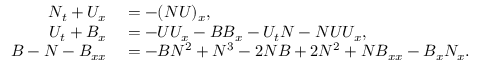
\begin{array} { r l } { N _ { t } + U _ { x } } & { { } = - ( N U ) _ { x } , } \\ { U _ { t } + B _ { x } } & { { } = - U U _ { x } - B B _ { x } - U _ { t } N - N U U _ { x } , } \\ { B - N - B _ { x x } } & { { } = - B N ^ { 2 } + N ^ { 3 } - 2 N B + 2 N ^ { 2 } + N B _ { x x } - B _ { x } N _ { x } . } \end{array}